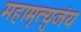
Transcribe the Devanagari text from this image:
महामृत्युजंय